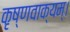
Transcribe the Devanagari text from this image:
कृष्णवाक्यम्।